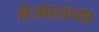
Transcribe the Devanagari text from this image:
शेजघराच्या